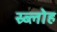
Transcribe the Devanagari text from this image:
स्र्ब्लोह